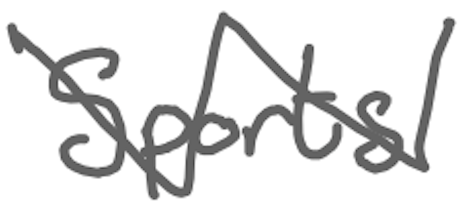
Text: Sports
Cross-out: zig-zag
Writing tool: digital_gray